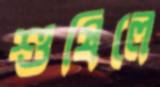
শুষিলে